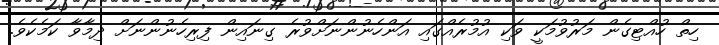
ހިތް ހުއްޓިގެން މަރުވުމަކީ ވަކި އުމުރެއްގައި އަންހެނުންނަށްވުރެ ގިނައިން ފިރިހެނުންނަށް ދިމާވާ ކަމެކެވެ.